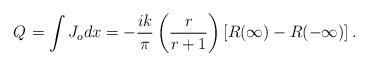
LaTeX: \begin{align*}Q_{}=\int J_o dx= -\frac{ik}{\pi }\left( \frac{r}{r+1}\right) \left[R(\infty )-R(-\infty )\right]. \end{align*}